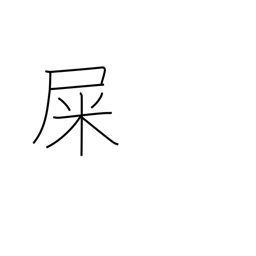
Meaning: excrement